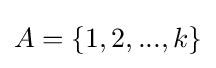
A=\{1,2,...,k\}